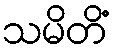
သမိတိံ